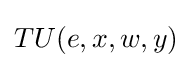
TU(e,x,w,y)